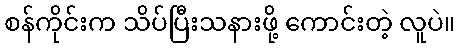
စန်ကိုင်းက သိပ်ပြီးသနားဖို့ ကောင်းတဲ့ လူပဲ။